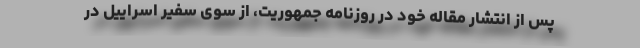
پس از انتشار مقاله خود در روزنامه جمهوریت، از سوی سفیر اسراییل در